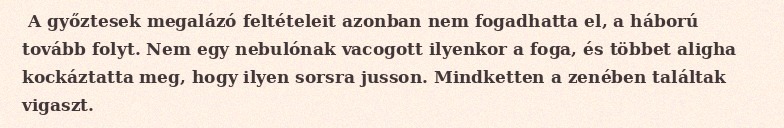
A győztesek megalázó feltételeit azonban nem fogadhatta el, a háború tovább folyt. Nem egy nebulónak vacogott ilyenkor a foga, és többet aligha kockáztatta meg, hogy ilyen sorsra jusson. Mindketten a zenében találtak vigaszt.